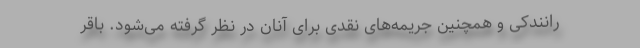
رانندکی و همچنین جریمه‌های نقدی برای آنان در نظر گرفته می‌شود. باقر